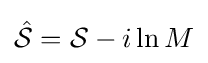
{\hat {\mathcal {S}}}={\mathcal {S}}-i\ln M